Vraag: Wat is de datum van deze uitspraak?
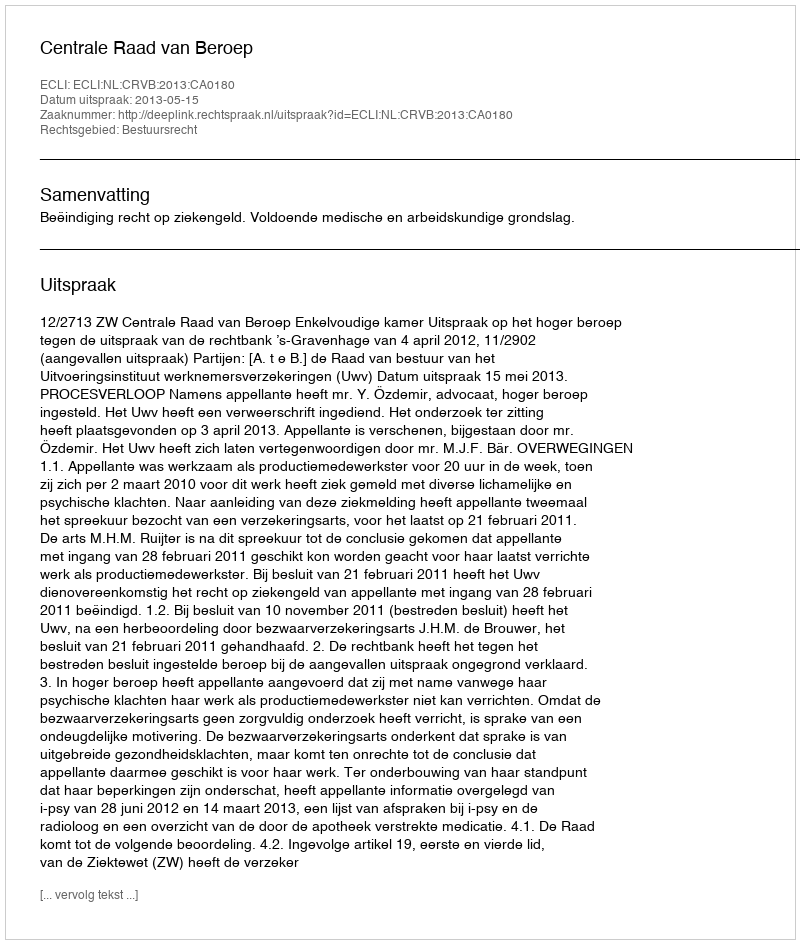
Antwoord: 2013-05-15